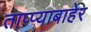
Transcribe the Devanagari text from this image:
ताप्प्याबाहेर